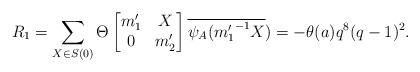
LaTeX: \begin{align*} R_1=\sum_{X \in S(0)}\Theta \begin{bmatrix} m_1' & X\\ 0 & m_2' \end{bmatrix} \overline{\psi_A({m_1'}^{-1}X})=-\theta(a)q^8(q-1)^2. \end{align*}